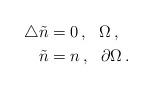
LaTeX: \begin{align*}\triangle \tilde n &=0\,,\ \ \Omega\,,\\\tilde n&=n\,,\ \ \partial\Omega\,.\end{align*}